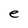
Character: e